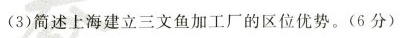
(3)简述上海建立三文鱼加工厂的区位优势。(6分)